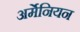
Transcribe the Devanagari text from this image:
अर्मेनियन